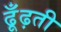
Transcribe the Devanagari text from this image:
ढूँढ़ती